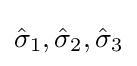
{\textstyle {\hat {\sigma }}_{1},{\hat {\sigma }}_{2},{\hat {\sigma }}_{3}}